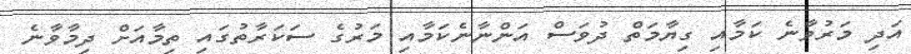
އަދި މަރުވާނެ ކަމާއި ގިޔާމަތް ދުވަސް އަންނާނެކަމާއި މަރުގެ ސަކަރާތުގައި ތިމާއަށް ދިމާވާނެ